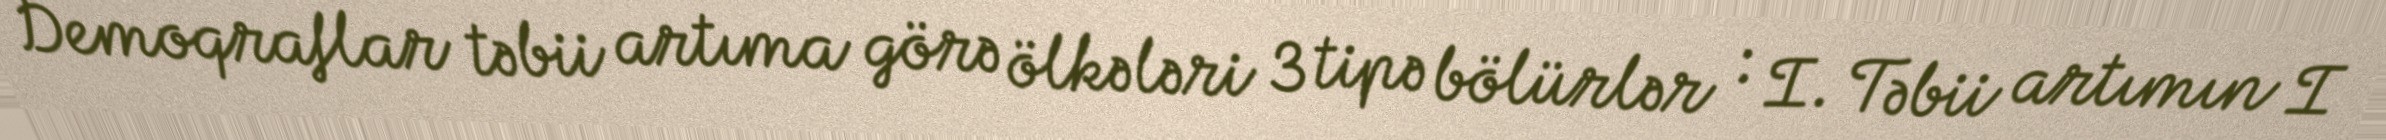
Demoqraflar təbii artıma görə ölkələri 3 tipə bölürlər : I. Təbii artımın I